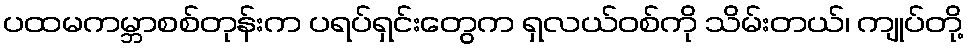
ပထမကမ္ဘာစစ်တုန်းက ပရပ်ရှင်းတွေက ရှလယ်ဝစ်ကို သိမ်းတယ်၊ ကျုပ်တို့